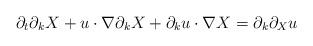
LaTeX: \begin{align*}\partial_t \partial_kX+u\cdot\nabla \partial_kX+ \partial_ku\cdot\nabla X=\partial_k\partial_X u\end{align*}